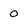
Character: 0